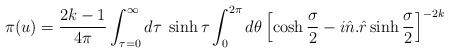
LaTeX: \begin{align*} \pi(u) =\frac{2k-1}{4\pi} \int_{\tau=0}^{\infty} d\tau\; \sinh\tau \int_{0}^{2\pi}d\theta \left[ \cosh\frac{\sigma}{2} -i \hat{n}. \hat{r} \sinh\frac{\sigma}{2} \right]^{-2k}\end{align*}